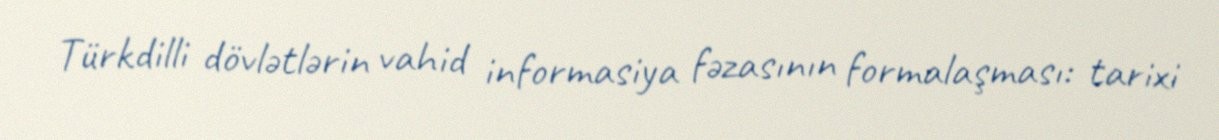
Türkdilli dövlətlərin vahid informasiya fəzasının formalaşması: tarixi